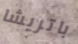
باتريشا